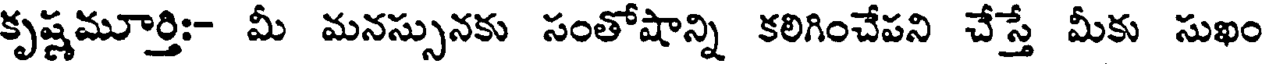
కృష్ణమూర్తి:- మీ మనస్సునకు సంతోషాన్ని కలిగించేపని చేస్తే మీకు సుఖం